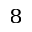
_ 8